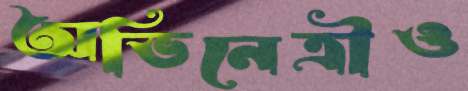
অভিনেত্রীও